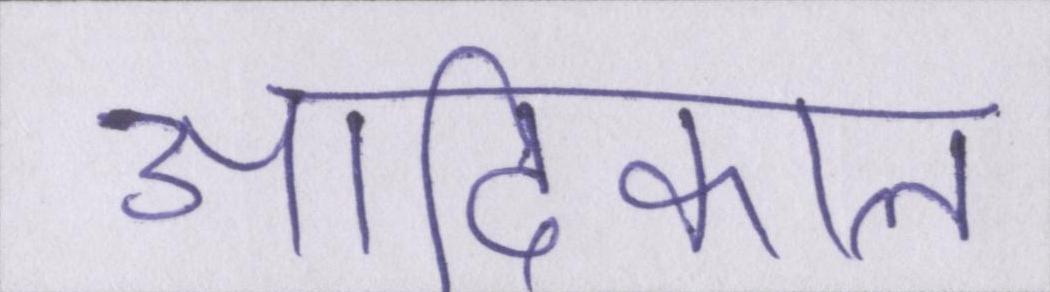
आदिकाल